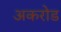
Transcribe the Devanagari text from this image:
अकरोड